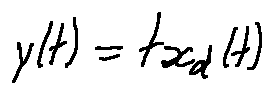
y ( t ) = t x _ { d } ( t )